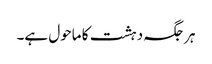
ہرجگہ دہشت کا ماحول ہے۔